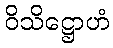
ဝိသိဋ္ဌောဟံ